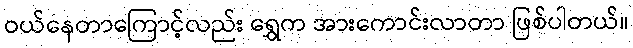
ဝယ်နေတာကြောင့်လည်း ရွှေက အားကောင်းလာတာ ဖြစ်ပါတယ်။